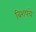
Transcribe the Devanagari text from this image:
बिशपचे